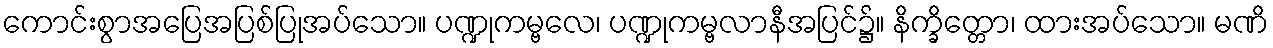
ကောင်းစွာအပြေအပြစ်ပြုအပ်သော။ ပဏ္ဍုကမ္ဗလေ၊ ပဏ္ဍုကမ္ဗလာနီအပြင်၌။ နိက္ခိတ္တော၊ ထားအပ်သော။ မဏိ